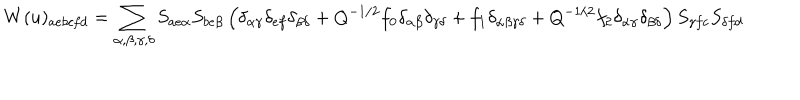
LaTeX: W ( u ) _ { a e b c f d } = \sum _ { \alpha , \beta , \gamma , \delta } S _ { a e \alpha } S _ { b e \beta } \left( \delta _ { \alpha \gamma } \delta _ { e f } \delta _ { \beta \delta } + Q ^ { - 1 / 2 } f _ { 0 } \delta _ { \alpha \beta } \delta _ { \gamma \delta } + f _ { 1 } \delta _ { \alpha \beta \gamma \delta } + Q ^ { - 1 / 2 } f _ { 2 } \delta _ { \alpha \gamma } \delta _ { \beta \delta } \right) S _ { \gamma f c } S _ { \delta f d }